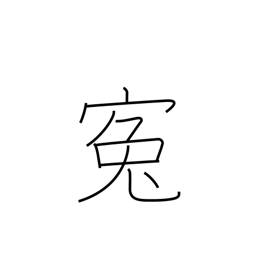
Meaning: grievance